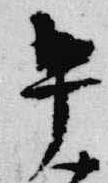
午